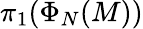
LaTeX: \pi_{1}(\Phi_{N}(M))